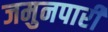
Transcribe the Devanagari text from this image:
जमुनपारी